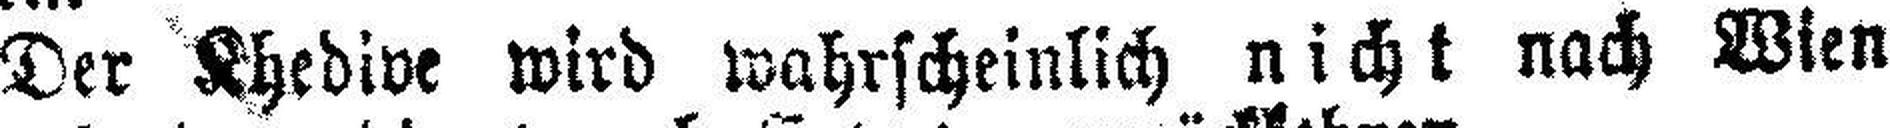
Der Khedive wird wahrscheinlich nicht nach Wien